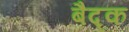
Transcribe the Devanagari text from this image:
बैद्क